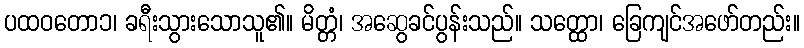
ပထဝတော၁၊ ခရီးသွားသောသူ၏။ မိတ္တံ၊ အဆွေခင်ပွန်းသည်။ သတ္ထော၊ ခြေကျင်အဖော်တည်း။